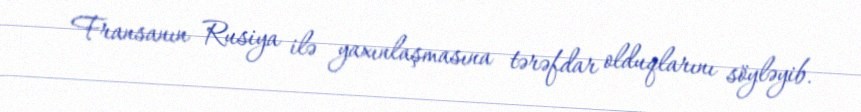
Fransanın Rusiya ilə yaxınlaşmasına tərəfdar olduqlarını söyləyib.